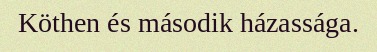
Köthen és második házassága.